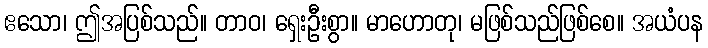
ဧသော၊ ဤအပြစ်သည်။ တာဝ၊ ရှေးဦးစွာ။ မာဟောတု၊ မဖြစ်သည်ဖြစ်စေ။ အယံပန